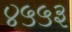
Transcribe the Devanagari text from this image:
४५५३